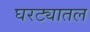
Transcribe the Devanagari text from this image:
घरट्यातल